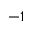
^ { - 1 }